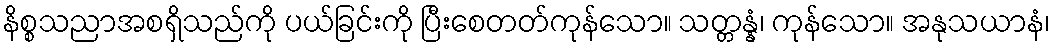
နိစ္စသညာအစရှိသည်ကို ပယ်ခြင်းကို ပြီးစေတတ်ကုန်သော။ သတ္တန္နံ၊ ကုန်သော။ အနုသယာနံ၊